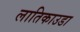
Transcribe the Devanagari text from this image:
लातिकाउडा